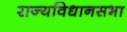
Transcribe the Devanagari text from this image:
राज्यविधानसभा